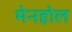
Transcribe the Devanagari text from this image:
मेनहोल